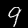
Digit: 9